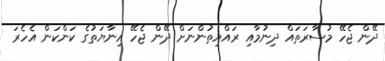
ދޭން ޖެހޭ މުސާރަތައް ދިނުމާއި ރައްޔިތުންނަށް ދޭން ޖެހޭ އިނާޔަތުގެ ކަންކަން އެހެރަ